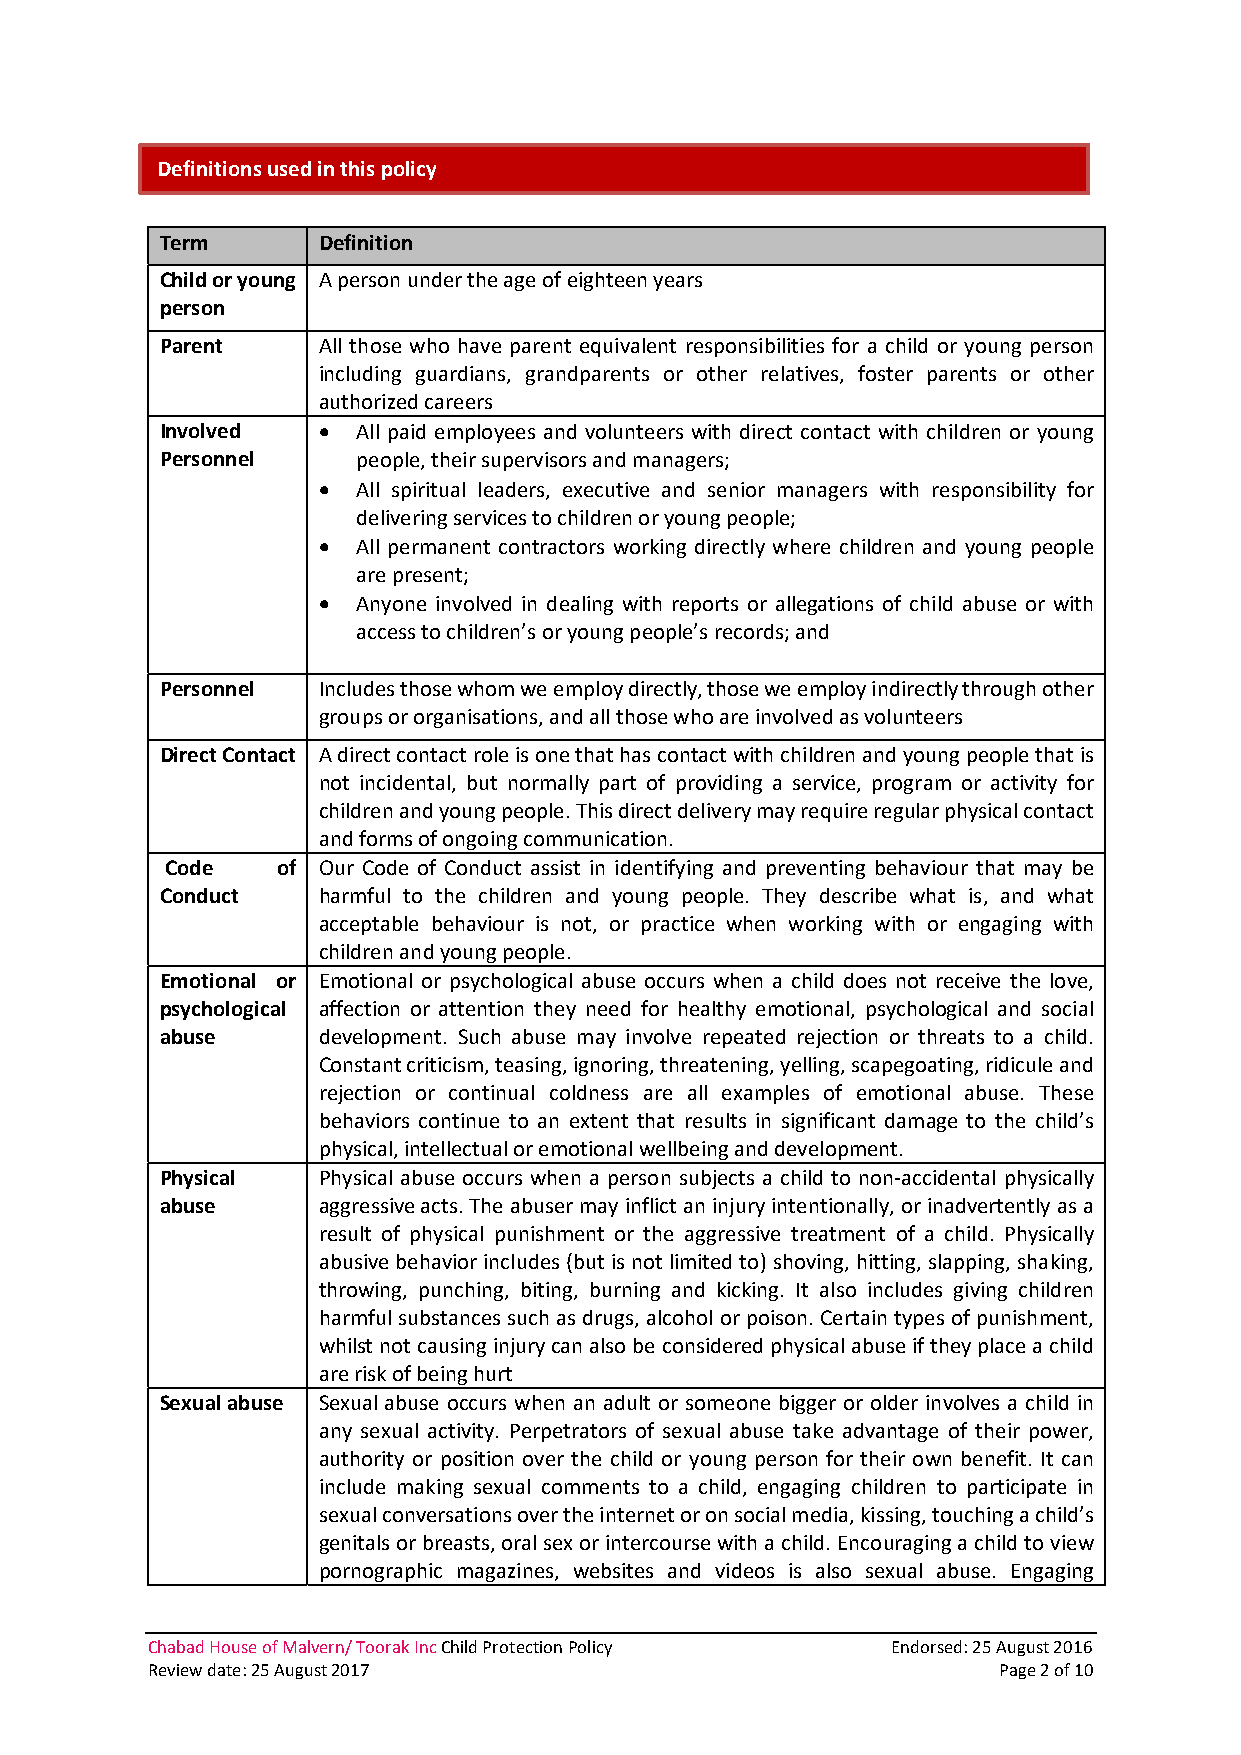
Definitions used in this policy
 Term      Definition
 Child or young A person under the age of eighteen years
 person
 Parent    All those who have parent equivalent responsibilities for a child or young person
 including guardians, grandparents or other relatives, foster parents or other
 authorized careers
 Involved  •  All paid employees and volunteers with direct contact with children or young
 Personnel    people, their supervisors and managers;
 •  All spiritual leaders, executive and senior managers with responsibility for
 delivering services to children or young people;
 •  All permanent contractors working directly where children and young people
 are present;
 •  Anyone involved in dealing with reports or allegations of child abuse or with
 access to children’s or young people’s records; and
 Personnel Includes those whom we employ directly, those we employ indirectly through other
 groups or organisations, and all those who are involved as volunteers
 Direct Contact A direct contact role is one that has contact with children and young people that is
 not incidental, but normally part of providing a service, program or activity for
 children and young people. This direct delivery may require regular physical contact
 and forms of ongoing communication.
 Code   of Our Code of Conduct assist in identifying and preventing behaviour that may be
 Conduct   harmful to the children and young people. They describe what is, and what
 acceptable behaviour is not, or practice when working with or engaging with
 children and young people.
 Emotional or Emotional or psychological abuse occurs when a child does not receive the love,
 psychological affection or attention they need for healthy emotional, psychological and social
 abuse     development. Such abuse may involve repeated rejection or threats to a child.
 Constant criticism, teasing, ignoring, threatening, yelling, scapegoating, ridicule and
 rejection or continual coldness are all examples of emotional abuse. These
 behaviors continue to an extent that results in significant damage to the child’s
 physical, intellectual or emotional wellbeing and development.
 Physical  Physical abuse occurs when a person subjects a child to non‐accidental physically
 abuse     aggressive acts. The abuser may inflict an injury intentionally, or inadvertently as a
 result of physical punishment or the aggressive treatment of a child. Physically
 abusive behavior includes (but is not limited to) shoving, hitting, slapping, shaking,
 throwing, punching, biting, burning and kicking. It also includes giving children
 harmful substances such as drugs, alcohol or poison. Certain types of punishment,
 whilst not causing injury can also be considered physical abuse if they place a child
 are risk of being hurt
 Sexual abuse Sexual abuse occurs when an adult or someone bigger or older involves a child in
 any sexual activity. Perpetrators of sexual abuse take advantage of their power,
 authority or position over the child or young person for their own benefit. It can
 include making sexual comments to a child, engaging children to participate in
 sexual conversations over the internet or on social media, kissing, touching a child’s
 genitals or breasts, oral sex or intercourse with a child. Encouraging a child to view
 pornographic magazines, websites and videos is also sexual abuse. Engaging
 Chabad House of Malvern/ Toorak Inc Child Protection Policy Endorsed: 25 August 2016
 Review date: 25 August 2017                             Page 2 of 10